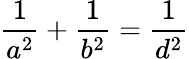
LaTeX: {\frac{1}{a^{2}}}+{\frac{1}{b^{2}}}={\frac{1}{d^{2}}}